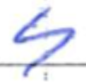
Text: 4
Cross-out: clean
Writing tool: ballpoint